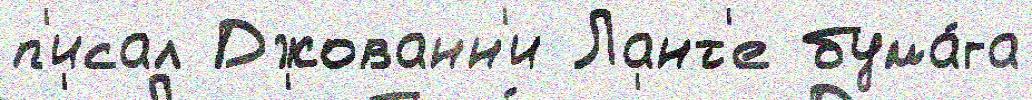
п'исал Джованн'и Лант'е бума́га